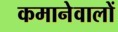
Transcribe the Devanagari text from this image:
कमानेवालों